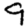
Digit: 9